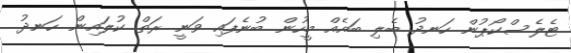
ޓެލެސްކޯޕުން ހަނދު ބެލި ބައެއް މީހުން ބުނެފައި ވަނީ ރަތް ކުލައިން ހަނދު